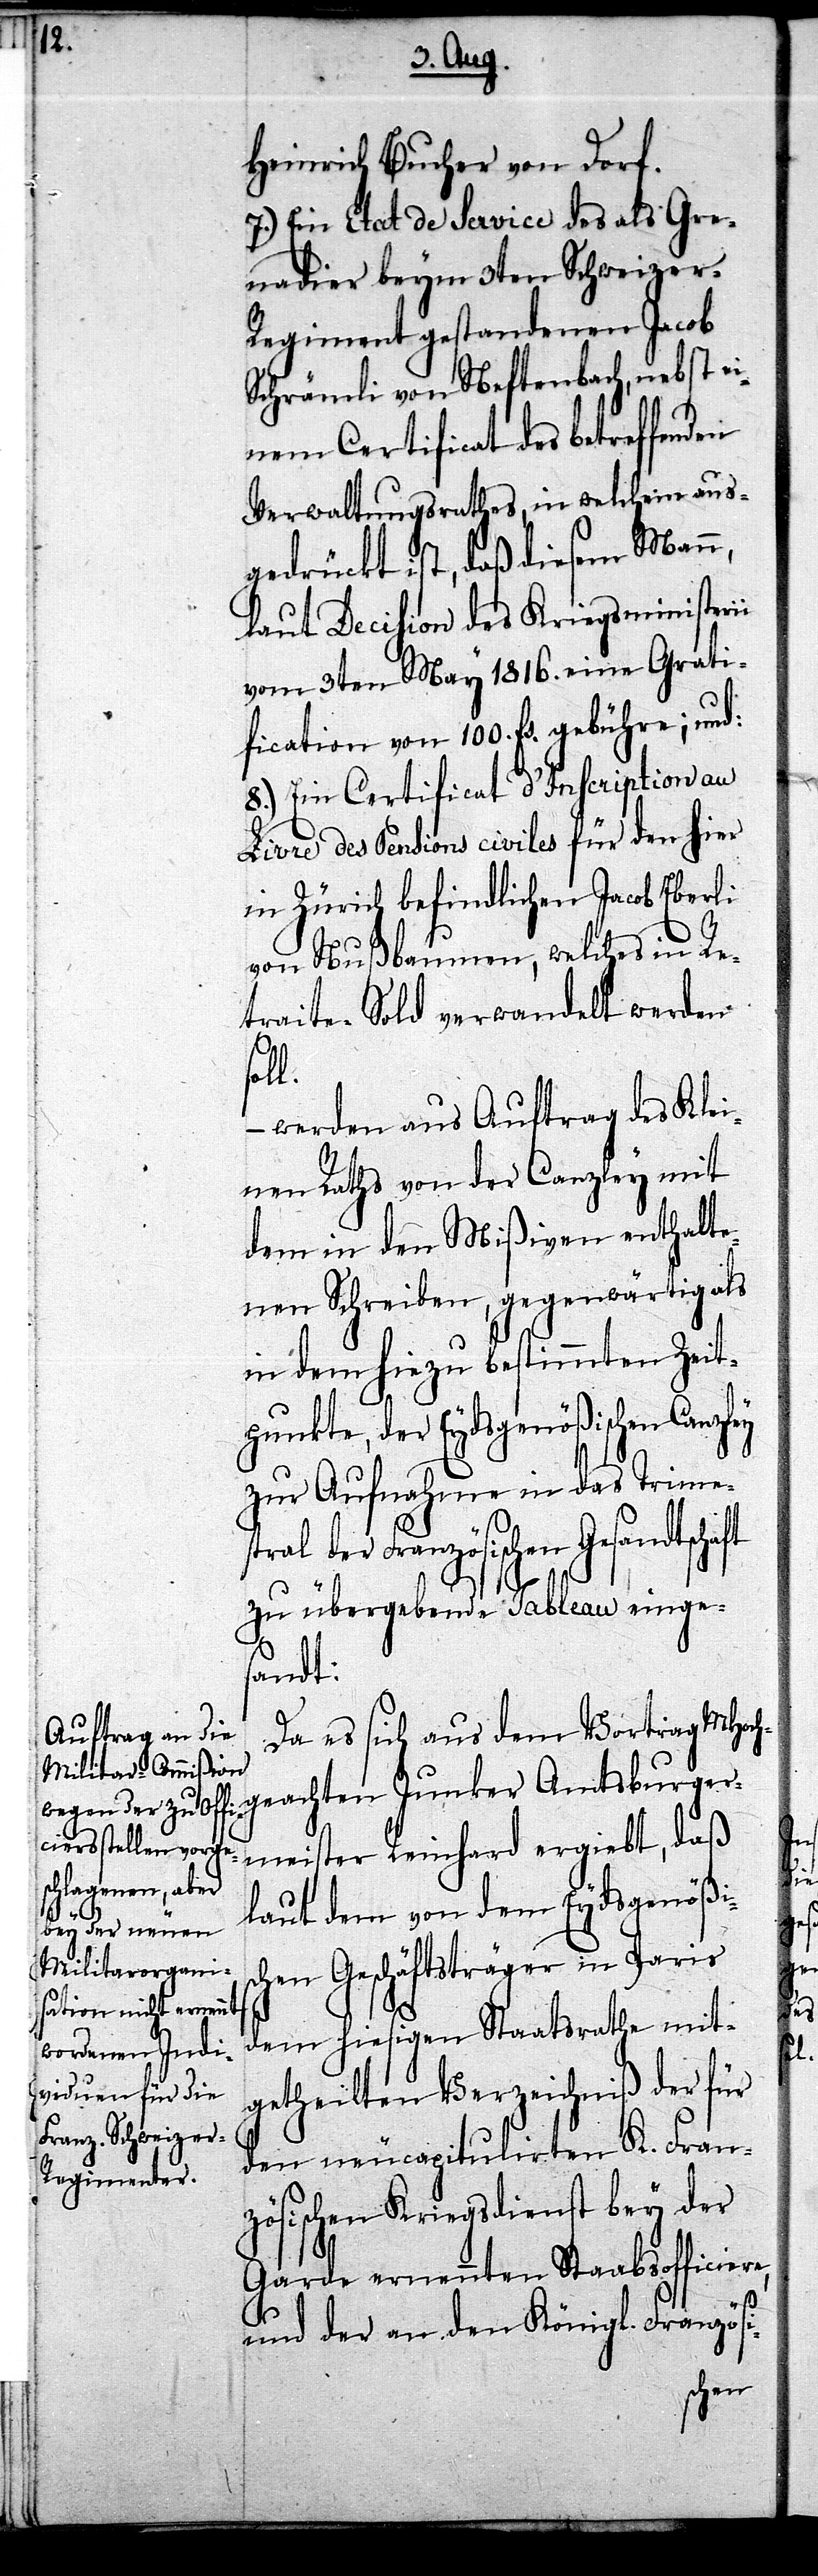
Heinrich Bucher von Dorf.
7.) Ein Etat de Service des als Gre¬
nadier beym 3ten Schweizer-R¬
egiment gestandenen Jacob
Schrämli von Neftenbach, nebst ei¬
nem Certificat des betreffenden
Verwaltungsrathes, in welchem aus¬
gedrückt ist, daß diesem Man¬
laut Decision des Kriegsministerii
vom 3ten May 1816. eine Grati¬
fication von 100. fs. gebühre; und:
8.) Ein Certificat d’Inscription au
Livre des Pensions civiles für den hier
in Zürich befindlichen Jacob Eberli
von Nußbaumen, welches in Re¬
traite-Sold verwandelt werden
l.
– werden aus Auftrag des Klei¬
nen Raths von der Canzley mit
dem in den Mißiven enthalte¬
nen Schreiben, gegenwärtig als
in dem hiezu bestimmten Zeit¬
punkte, der Eydsgenößischen Canzley
zur Aufnahme in das Trime¬
tral der Französischen Gesandtschaft
zu übergebende Tableau einge¬
s¬
andt:
Da es sich aus dem Vortrag MHoch¬
geachten Junker Amtsburger¬
meister Reinhard ergiebt, daß
laut dem von dem Eydsgenößis¬
chen Geschäftsträger in Paris
dem hiesigen Staatsrathe mit¬
getheilten Verzeichniß der für
den neu capitulirten K. Fran¬
zösischen Kriegsdienst bey der
Garde ernennten Staabsofficiere,
und der an den Königl. Französi-